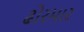
ઢોરમાર